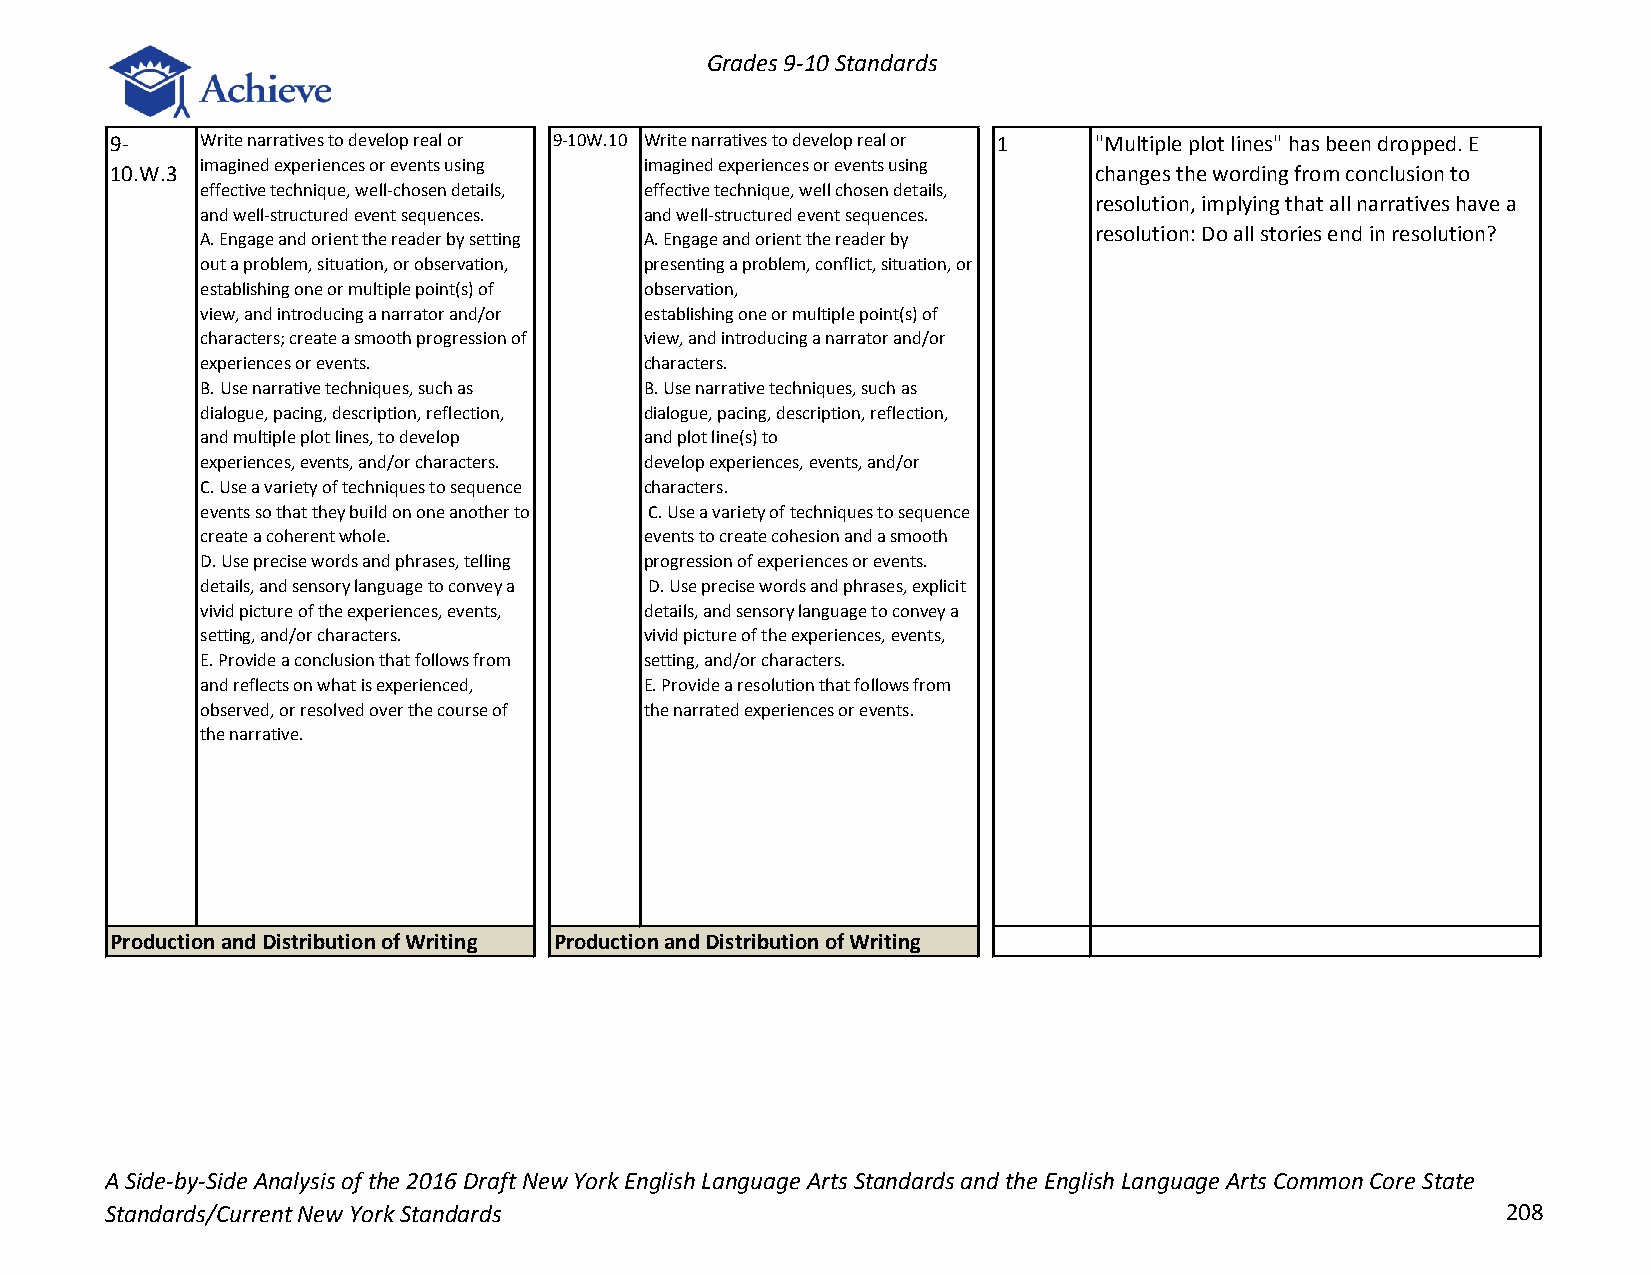
Grades 9-10 Standards
 9-    Write narratives to develop real or 9-10W.10 Write narratives to develop real or 1 "Multiple plot lines" has been dropped. E
 imagined experiences or events using imagined experiences or events using
 10.W.3                                                           changes the wording from conclusion to
 effective technique, well-chosen details, effective technique, well chosen details,
 resolution, implying that all narratives have a
 and well-structured event sequences. and well-structured event sequences.
 resolution: Do all stories end in resolution?
 A. Engage and orient the reader by setting A. Engage and orient the reader by
 out a problem, situation, or observation, presenting a problem, conflict, situation, or
 establishing one or multiple point(s) of observation,
 view, and introducing a narrator and/or establishing one or multiple point(s) of
 characters; create a smooth progression of view, and introducing a narrator and/or
 experiences or events.        characters.
 B. Use narrative techniques, such as B. Use narrative techniques, such as
 dialogue, pacing, description, reflection, dialogue, pacing, description, reflection,
 and multiple plot lines, to develop and plot line(s) to
 experiences, events, and/or characters. develop experiences, events, and/or
 C. Use a variety of techniques to sequence characters.
 events so that they build on one another to C. Use a variety of techniques to sequence
 create a coherent whole.      events to create cohesion and a smooth
 D. Use precise words and phrases, telling progression of experiences or events.
 details, and sensory language to convey a D. Use precise words and phrases, explicit
 vivid picture of the experiences, events, details, and sensory language to convey a
 setting, and/or characters.   vivid picture of the experiences, events,
 E. Provide a conclusion that follows from setting, and/or characters.
 and reflects on what is experienced, E. Provide a resolution that follows from
 observed, or resolved over the course of the narrated experiences or events.
 the narrative.
 Production and Distribution of Writing Production and Distribution of Writing
 A Side-by-Side Analysis of the 2016 Draft New York English Language Arts Standards and the English Language Arts Common Core State
 Standards/Current New York Standards                                                         208